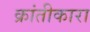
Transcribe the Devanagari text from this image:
क्रांतीकारा